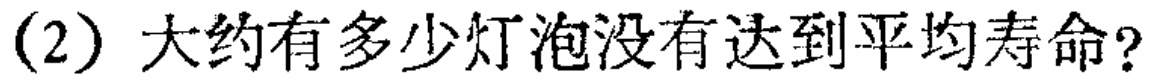
(2) 大约有多少灯泡没有达到平均寿命?